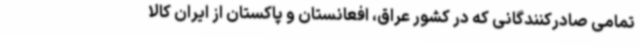
تمامی صادرکنندگانی که در کشور عراق، افعانستان و پاکستان از ایران کالا